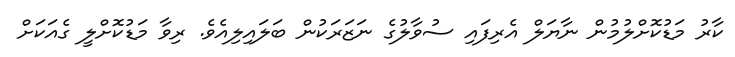
ކާރު މަޑުކޮށްލުމުން ނާޔަލް އެރިފައި ސުވާލުގެ ނަޒަރަކުން ބަލައިލިއެވެ. ރިވާ މަޑުކޮށްލީ ގެއަކަށް